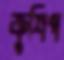
ক্রুশিপ